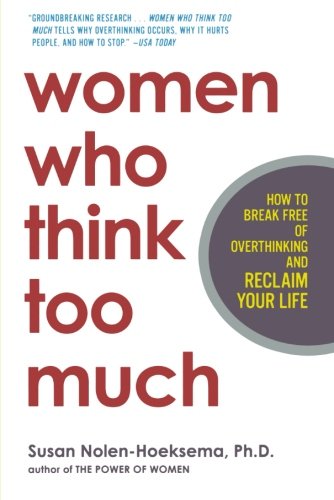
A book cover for Women Who Think Too Much: How to Break Free of Overthinking and Reclaim Your Life; Susan Nolen-Hoeksema; Self-Help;